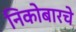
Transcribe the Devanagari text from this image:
निकोबारचे